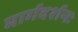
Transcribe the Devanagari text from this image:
मार्गदर्शनः